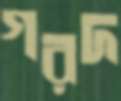
গরদ